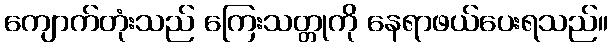
ကျောက်တုံးသည် ကြေးသတ္တုကို နေရာဖယ်ပေးရသည်။